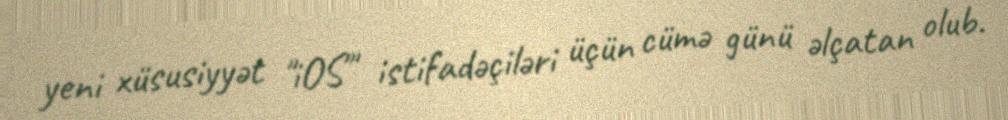
yeni xüsusiyyət "iOS" istifadəçiləri üçün cümə günü əlçatan olub.